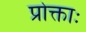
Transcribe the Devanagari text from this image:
प्रोक्ताः